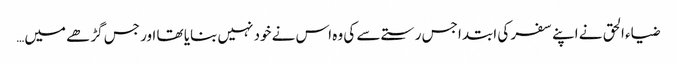
ضیاء الحق نے اپنے سفر کی ابتدا جس رستے سے کی وہ اس نے خود نہیں بنایا تھا اور جس گڑھے میں…